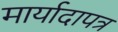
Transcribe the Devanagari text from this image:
मार्यादापत्र